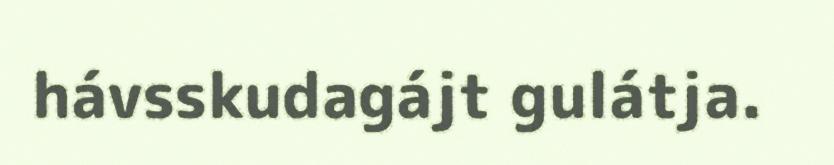
hávsskudagájt gulátja.